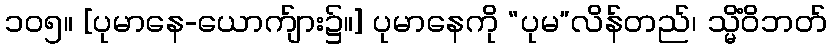
၁၀၅။ [ပုမာနေ-ယောက်ျား၌။] ပုမာနေကို “ပုမ”လိန်တည်၊ သ္မိံဝိဘတ်